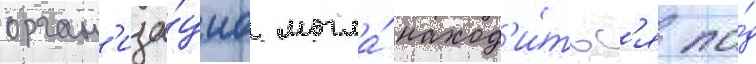
орган'иза́циа могла́ наход'и́тьс'я по́д